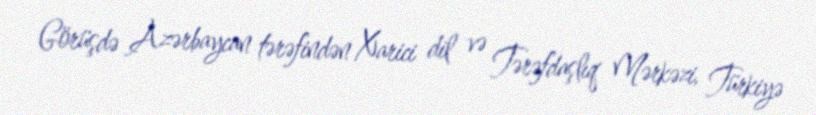
Görüşdə Azərbaycan tərəfindən Xarici dil və Tərəfdaşlıq Mərkəzi, Türkiyə